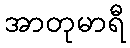
အာတုမာရီ